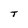
Character: T